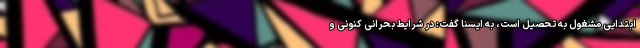
ابتدایی مشغول به تحصیل است، به ایسنا گفت: در شرایط بحرانی کنونی و